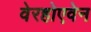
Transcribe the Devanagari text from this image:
वेरहोएवेन